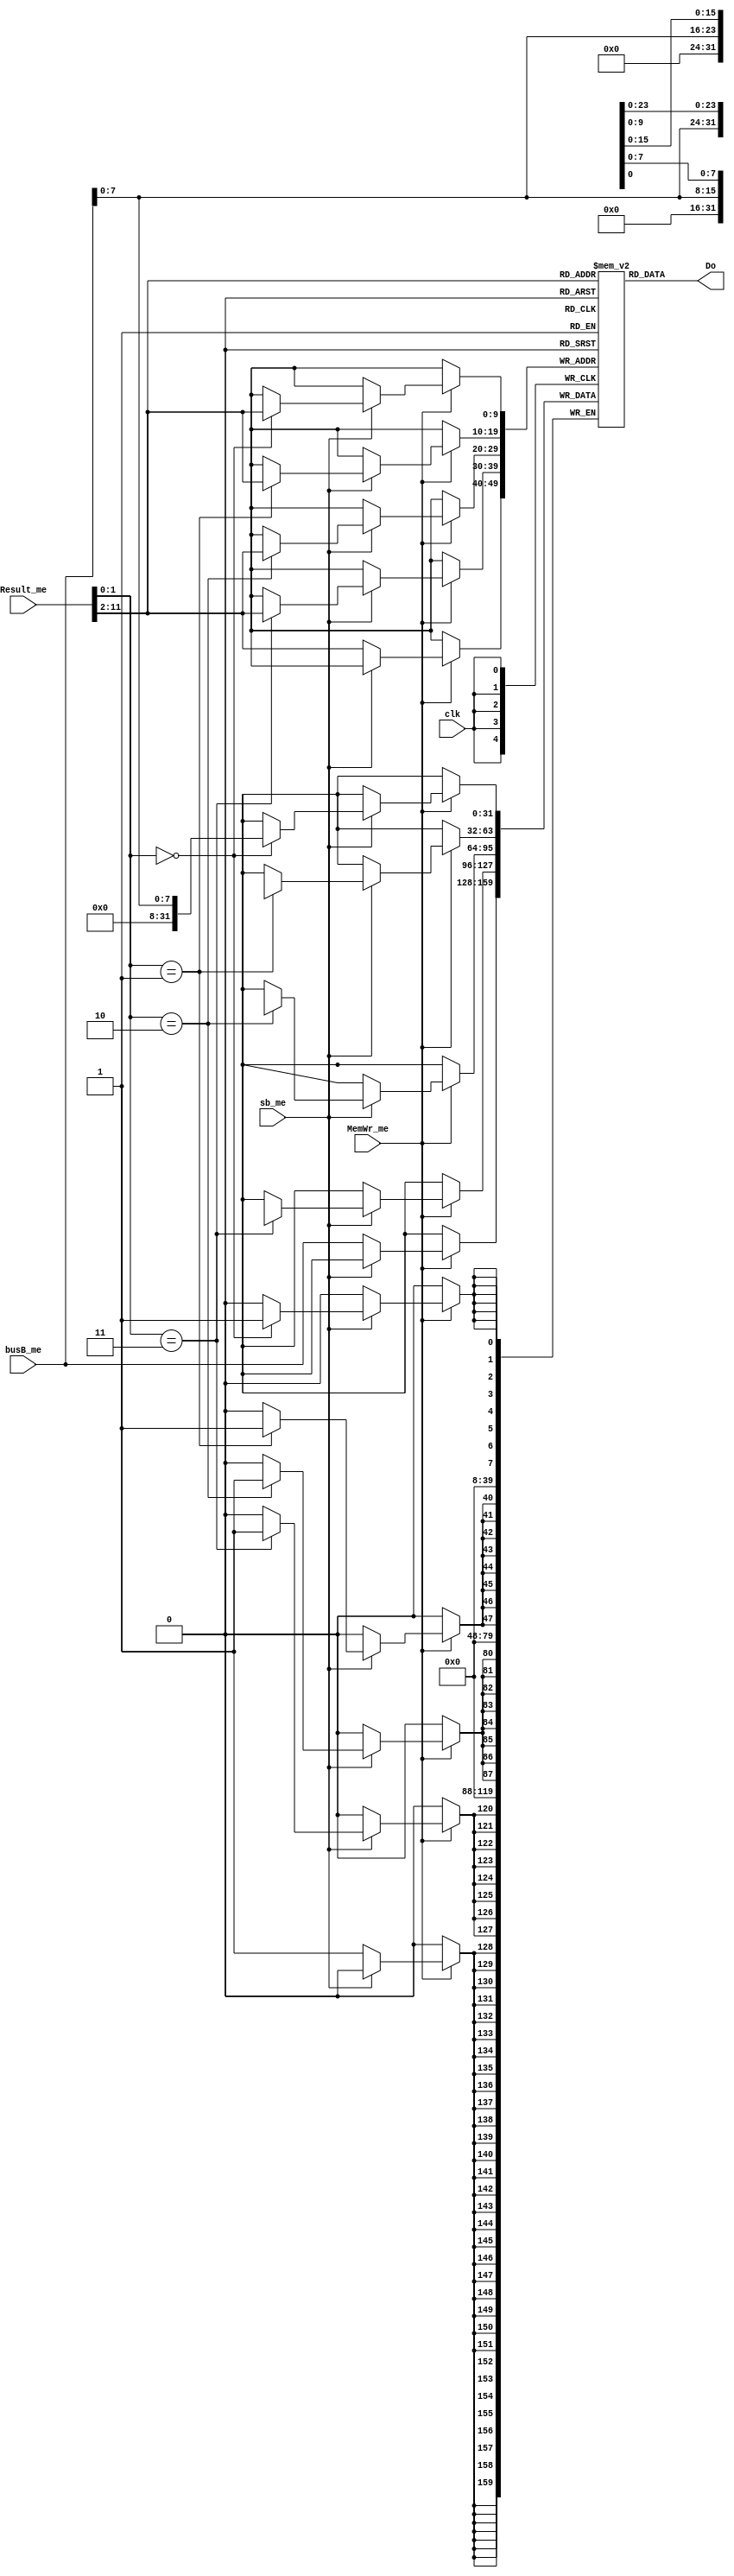
module DataMem(input clk,
input sb_me,   //sb inst?
input MemWr_me,
input [31:0] Result_me,// Adr
input[31:0] busB_me, //data is stored

output [31:0] Do);//DataMem-outdata

reg [31:0] dm[1023:0];
integer i;
initial
begin
    for(i=0;i<1024;i=i+1)
    dm[i]=32'b0;
end



assign Do=dm[Result_me[11:2]];

always @(posedge clk)
if(MemWr_me)
    begin  
   if(sb_me) //sb  store byte
   begin
     if(Result_me[1:0]==2'b00)
     dm[Result_me[11:2]][7:0]<=busB_me[7:0];
     if(Result_me[1:0]==2'b01)
     dm[Result_me[11:2]][15:8]<=busB_me[7:0];
     if(Result_me[1:0]==2'b10)
     dm[Result_me[11:2]][23:16]<=busB_me[7:0];
     if(Result_me[1:0]==2'b11)
     dm[Result_me[11:2]][31:24]<=busB_me[7:0];
   end
   else
   dm[Result_me[11:2]]<=busB_me; //store  word
end


endmodule